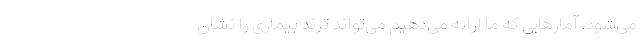
می‌شود. آمارهایی که ما ارائه می‌دهیم می‌تواند ترند بیماری را نشان